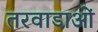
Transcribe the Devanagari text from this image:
तरवाडाओं